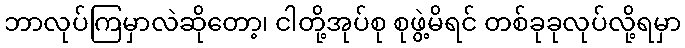
ဘာလုပ်ကြမှာလဲဆိုတော့၊ ငါတို့အုပ်စု စုဖွဲ့မိရင် တစ်ခုခုလုပ်လို့ရမှာ